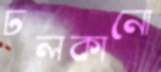
ঢলকানো